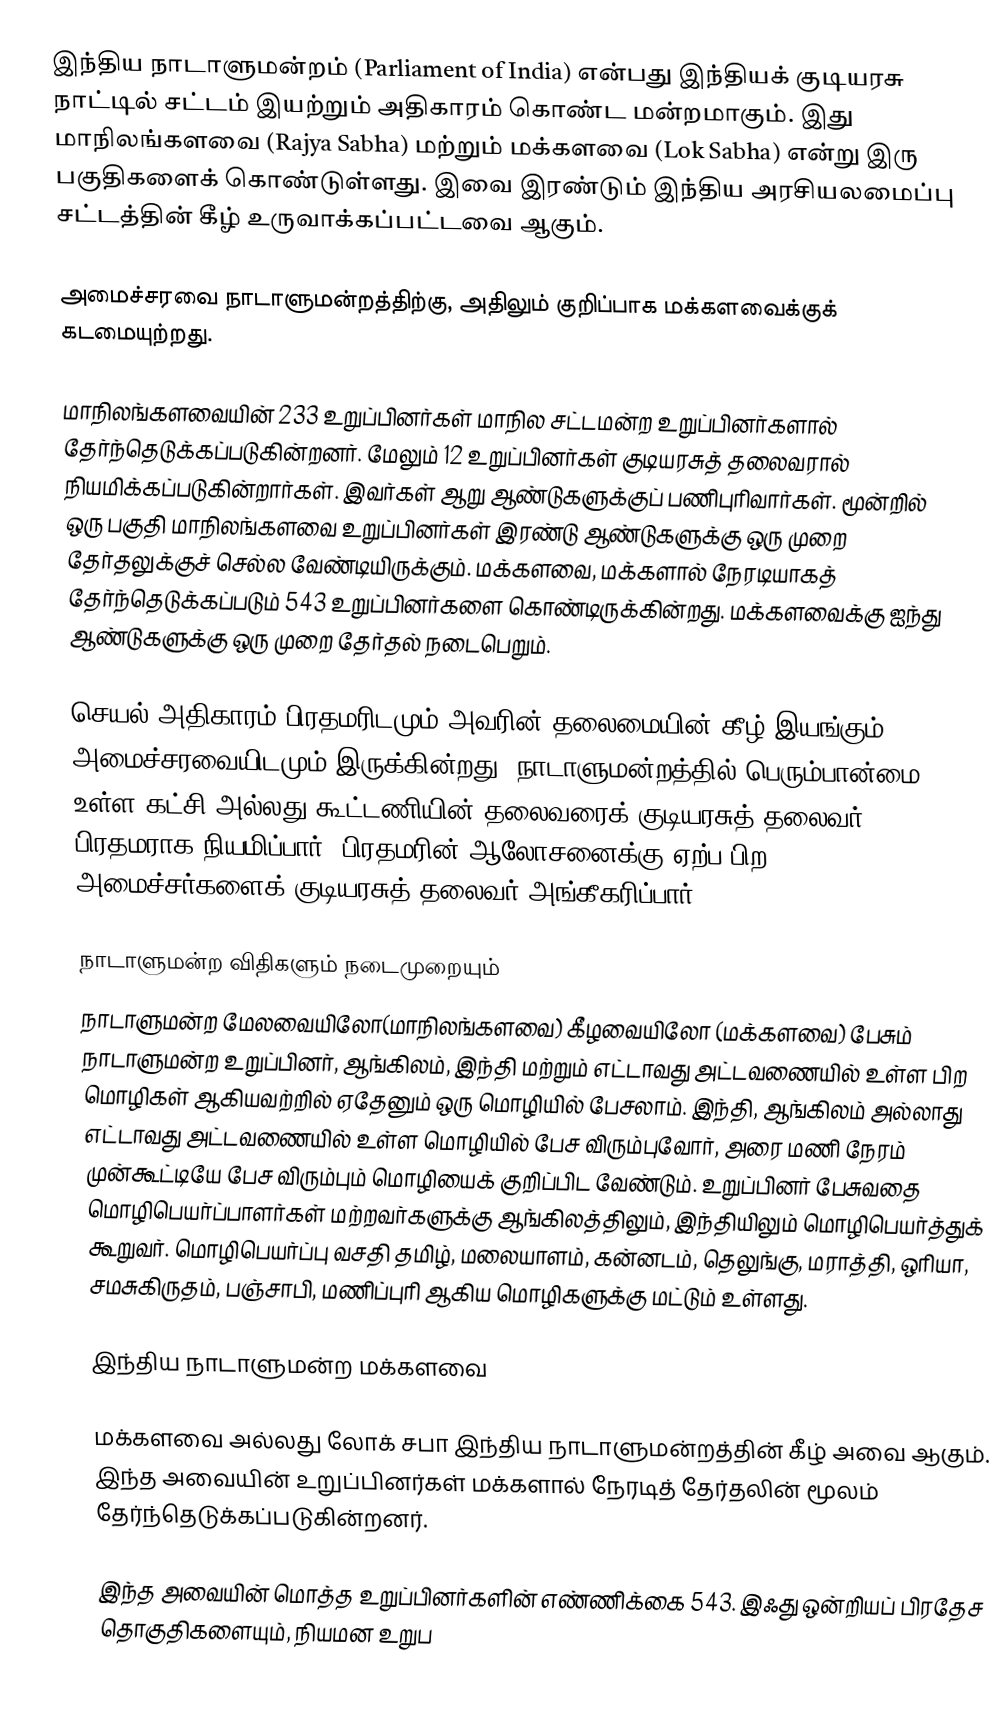
இந்திய நாடாளுமன்றம் (Parliament of India) என்பது இந்தியக் குடியரசு நாட்டில் சட்டம் இயற்றும் அதிகாரம் கொண்ட மன்றமாகும். இது மாநிலங்களவை (Rajya Sabha) மற்றும் மக்களவை (Lok Sabha) என்று இரு பகுதிகளைக் கொண்டுள்ளது. இவை இரண்டும் இந்திய அரசியலமைப்பு சட்டத்தின் கீழ் உருவாக்கப்பட்டவை ஆகும்.

அமைச்சரவை நாடாளுமன்றத்திற்கு, அதிலும் குறிப்பாக மக்களவைக்குக் கடமையுற்றது.

மாநிலங்களவையின் 233 உறுப்பினர்கள் மாநில சட்டமன்ற உறுப்பினர்களால் தேர்ந்தெடுக்கப்படுகின்றனர்.  மேலும் 12 உறுப்பினர்கள் குடியரசுத் தலைவரால் நியமிக்கப்படுகின்றார்கள். இவர்கள் ஆறு ஆண்டுகளுக்குப் பணிபுரிவார்கள். மூன்றில் ஒரு பகுதி மாநிலங்களவை உறுப்பினர்கள் இரண்டு ஆண்டுகளுக்கு ஒரு முறை தேர்தலுக்குச் செல்ல வேண்டியிருக்கும்.  மக்களவை, மக்களால் நேரடியாகத் தேர்ந்தெடுக்கப்படும் 543 உறுப்பினர்களை கொண்டிருக்கின்றது.  மக்களவைக்கு ஐந்து ஆண்டுகளுக்கு ஒரு முறை தேர்தல் நடைபெறும்.

செயல் அதிகாரம் பிரதமரிடமும் அவரின் தலைமையின் கீழ் இயங்கும் அமைச்சரவையிடமும் இருக்கின்றது.  நாடாளுமன்றத்தில் பெரும்பான்மை உள்ள கட்சி அல்லது கூட்டணியின் தலைவரைக் குடியரசுத் தலைவர் பிரதமராக நியமிப்பார்.  பிரதமரின் ஆலோசனைக்கு ஏற்ப பிற அமைச்சர்களைக் குடியரசுத் தலைவர் அங்கீகரிப்பார்.

நாடாளுமன்ற விதிகளும் நடைமுறையும்
நாடாளுமன்ற மேலவையிலோ(மாநிலங்களவை) கீழவையிலோ (மக்களவை) பேசும் நாடாளுமன்ற உறுப்பினர், ஆங்கிலம், இந்தி மற்றும் எட்டாவது அட்டவணையில் உள்ள பிற மொழிகள் ஆகியவற்றில் ஏதேனும் ஒரு மொழியில் பேசலாம். இந்தி, ஆங்கிலம் அல்லாது எட்டாவது அட்டவணையில் உள்ள மொழியில் பேச விரும்புவோர், அரை மணி நேரம் முன்கூட்டியே பேச விரும்பும் மொழியைக் குறிப்பிட வேண்டும். உறுப்பினர் பேசுவதை மொழிபெயர்ப்பாளர்கள் மற்றவர்களுக்கு ஆங்கிலத்திலும், இந்தியிலும் மொழிபெயர்த்துக் கூறுவர். மொழிபெயர்ப்பு வசதி தமிழ், மலையாளம், கன்னடம், தெலுங்கு, மராத்தி, ஒரியா, சமசுகிருதம், பஞ்சாபி, மணிப்புரி ஆகிய மொழிகளுக்கு மட்டும் உள்ளது.

இந்திய நாடாளுமன்ற மக்களவை

மக்களவை அல்லது லோக் சபா இந்திய நாடாளுமன்றத்தின் கீழ் அவை ஆகும். இந்த அவையின் உறுப்பினர்கள் மக்களால் நேரடித் தேர்தலின் மூலம் தேர்ந்தெடுக்கப்படுகின்றனர்.

இந்த அவையின் மொத்த உறுப்பினர்களின் எண்ணிக்கை 543. இஃது ஒன்றியப் பிரதேச தொகுதிகளையும், நியமன உறுப